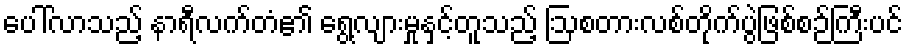
ပေါ်လာသည့် နာရီလက်တံ၏ ရွေ့လျားမှုနှင့်တူသည့် ဩစတားလစ်တိုက်ပွဲဖြစ်စဉ်ကြီးပင်